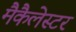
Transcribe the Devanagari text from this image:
मैकैलेस्टर